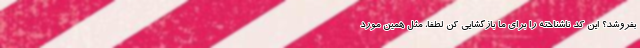
بفروشد؟ این کد ناشناخته را برای ما بازگشایی کن لطفا، مثل همین مورد